Vaccination in Burma 1920-1933 - 1920-1933
Year: 1920
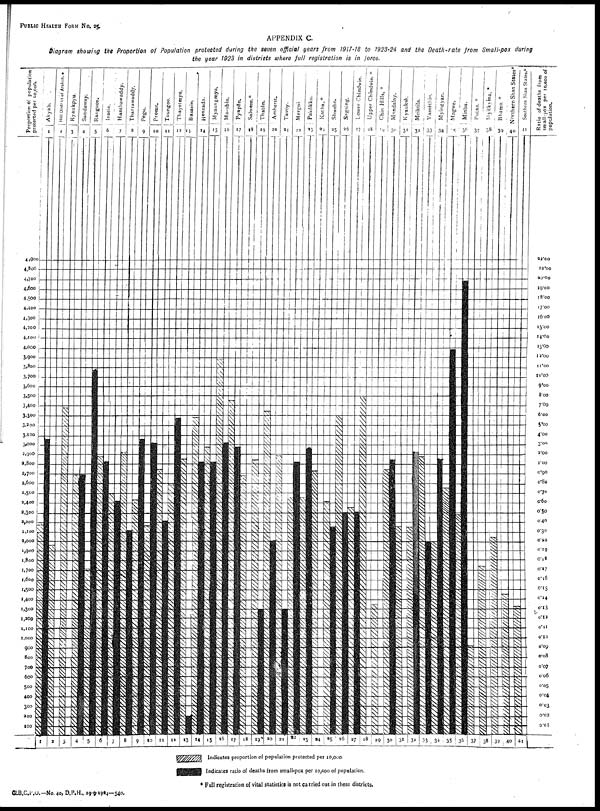
PUBLIC HEALTH FROM No. 25.
APPENDIX C.
Diagram showing the Proportion of Population protected during the seven official years from 1917-18 to 1923-24 and the Death-rate from Small-pox during
the year 1923 in districts where full registration is in force.
G.B.C.P.O.— No. 40, D.P.H., 29-9-1924—540.